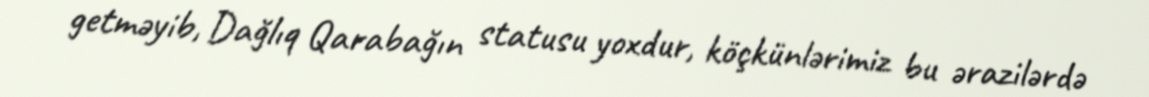
getməyib, Dağlıq Qarabağın statusu yoxdur, köçkünlərimiz bu ərazilərdə